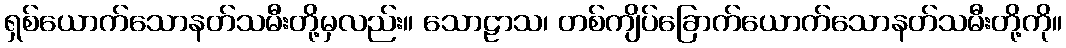
ရှစ်ယောက်သောနတ်သမီးတို့မှလည်း။ သောဠာသ၊ တစ်ကျိပ်ခြောက်ယောက်သောနတ်သမီးတို့ကို။